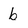
Character: b